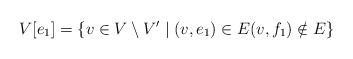
LaTeX: \begin{align*} V[e_1]=\{v\in V\setminus V'\mid (v,e_1)\in E (v,f_1)\notin E\} \end{align*}